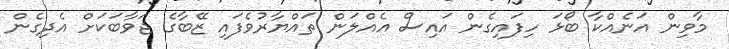
މާވިން އަނެއްކާ ބޯޅަ ހިފައިގެން އައިސް އެއްލަން ތައްޔާރުވެފައި ޒޭބާގެ ޖަވާބަކަށް އެދިގެން